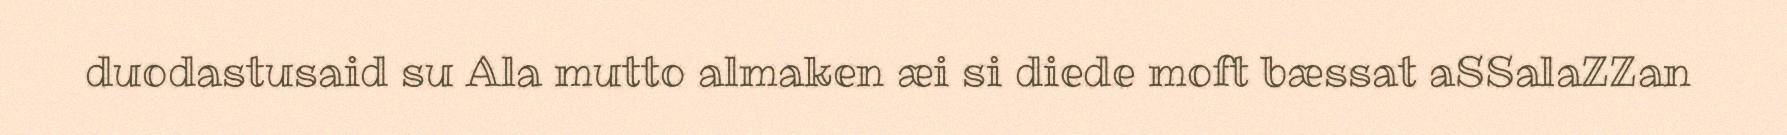
duodastusaid su Ala mutto almaken æi si diede moft bæssat aSSalaZZan